Leaving Certificate, 1897
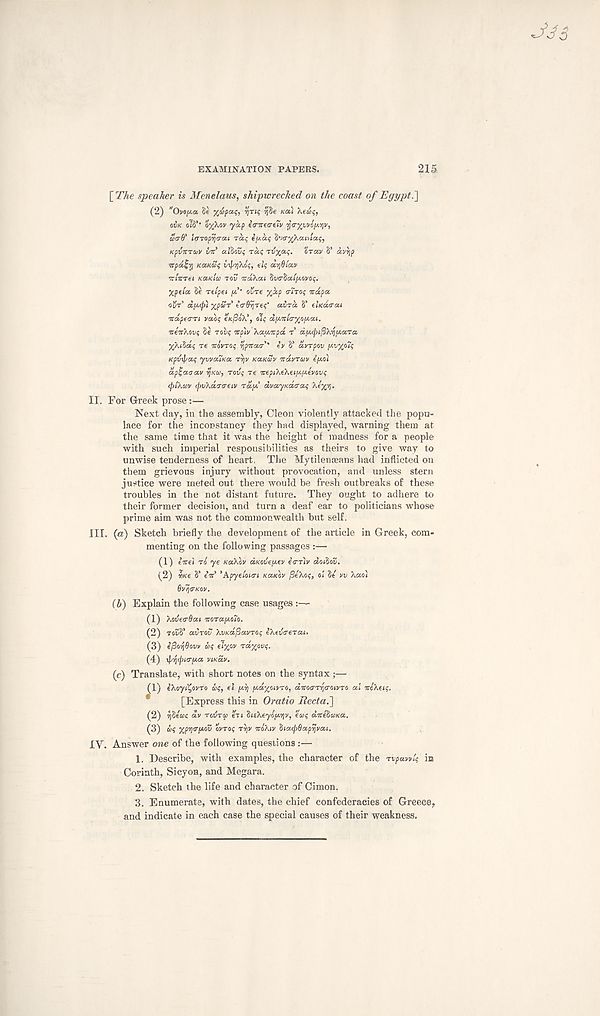
EXAMINATION PAPERS.
215
[ The speaker is Menelaus, shipwrecked on the coast of Egypt.
(2) ‘'OvofAa. §e yfpai;, yru; ijfte KOI Xew?,
OVK oio’ oy/.ov ya,p scricvrtiv ’rjcryvvopt.viv,
atrd’ Imopyja-ai rat; if.at; 'S'xryXaiHat;,
KpvTtrcuV bit aidovf rat; ruyat;. trav S’ civ^p
itpa^r; KanSt; uipyAot;, tl; di]6'iav
vrnrrei Kaslta rov itaKat dvr^aifavoq.
yptta 8E rtlpei
cure %ap a-Troq icdpa
cur’ df.fi xpur’ itrSijreq' aura S’ UK&trai
TtdpetTTt vaoq enjSoX', olq df.'irla-yof.ai.
iceirXovq Se robq irp)v XaiAnpd T df.tpfXrif.aTa
yKilaq re TroVro; ypnor' iv S’ avTpov fvyo7q
Kpvtpaq ywottKa r'qv KaKcSv itdvruv if.oi
apHaoav
TOV; re TrepiXeXtif.fevavq
(j)i'Xcov <f)vXdcro-eiv rdf.’ dvayKarat; Xty-tj,
II. For Greek prose:—
Next day, in the assembly, Cleon violently attacked the popu-
lace for the inconstancy they had displayed, warning them at
the same time that it was the height of madness for a people
with such imperial responsibilities as theirs to give way to
unwise tenderness of heart. The Mytilenaeans had inflicted on
them grievous injury without provocation, and unless stern
justice were meted out there would be fresh outbreaks of these
troubles in the not distant future. They ought to adhere to
their former decision, and turn a deaf ear to politicians whose
prime aim was not the commonwealth but self.
III. (a) Sketch briefly the development of the article in Greek, com-
menting on the following passages
(1) inet TO ye KaXov aKOvefev €<TT)V doilov.
(2) we S’ eV’ ’Apyeloin Kaxtov (SeXoq, ol Se vv Xao)
dvljiJKOV.
(b) Explain the following case usages :—
(1) Xoverdai ororafoio.
(2) TOSS’ aurov XvKa^avTOq iXevtreTai.
(3) iporiOovv at; elyov Tayjtvq.
(4) \p-ij(fji<Tfa viKav.
(c) Translate, with short notes on the syntax;—
(1) iXoyfyvro at;, ei fy fayoiVTO, dTCOa-T^roivTO al rcXetc.
*
[Express this in Oratio Recta.']
(2) ijSeae av TOUT a en lnXeyof.y\v, eaq diredaKa.
(3) a{ xpyr/jiov ovroq T\V OCOXIV biafafvat.
IY. Answer one of the following questions:—
1. Describe, with examples, the character of the Tvpavniq in
Corinth, Sicyon, and Megara.
2. Sketch the life and character of Cimon.
3. Enumerate, with dates, the chief confederacies of Greece,
and indicate in each case the special causes of their weakness.